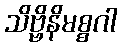
သိဗ္ဗိနိမစ္စဂါ